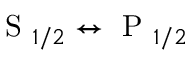
\mathrm { ~ S ~ } _ { 1 / 2 } \leftrightarrow \mathrm { ~ P ~ } _ { 1 / 2 }